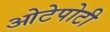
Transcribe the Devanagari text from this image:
ओटेपोटी